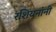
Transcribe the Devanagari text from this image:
रशियनांनी